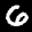
Label: 6